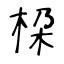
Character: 桗